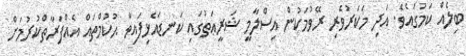
ބިލެއް ކަމުގައެވެ. އަދި މަކަރުވެރި ރޭވުމަކުން އިސްލާމީ ޝަރީޢަތުގައި ކަނޑައެޅިފައިވާ ޙުކުމްތައް އެއްފަރާތްކުރުމަށް